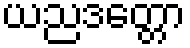
ယညဒတ္တော